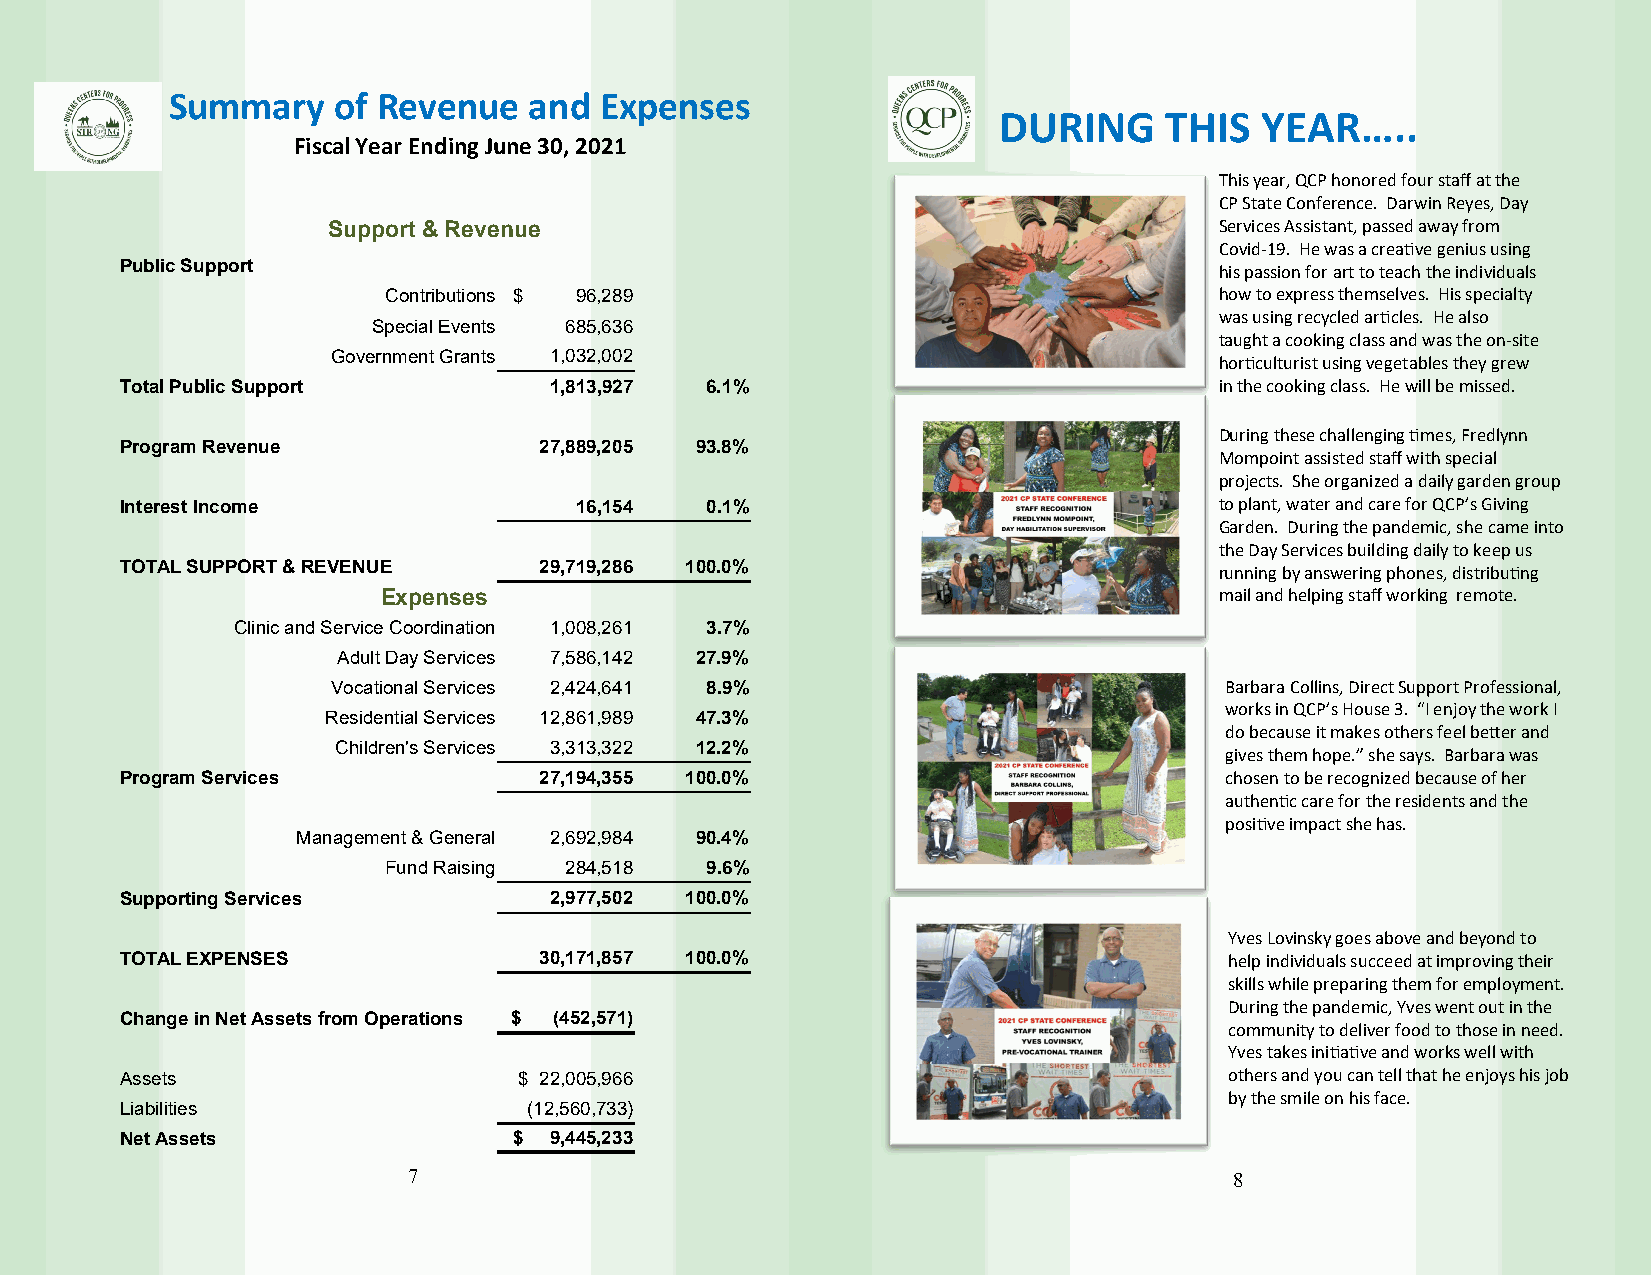
Summary    of Revenue   and  Expenses
 DURING     THIS  YEAR…..
 Fiscal Year Ending June 30, 2021
 This year, QCP honored four staff at the
 CP State Conference. Darwin Reyes, Day
 Support & Revenue                                          Services Assistant, passed away from
 Covid-19. He was a creative genius using
 Public Support                                                           his passion for art to teach the individuals
 Contributions $ 96,289                                  how to express themselves. His specialty
 was using recycled articles. He also
 Special Events 685,636
 taught a cooking class and was the on-site
 Government Grants 1,032,002
 horticulturist using vegetables they grew
 Total Public Support        1,813,927  6.1%                              in the cooking class. He will be missed.
 During these challenging times, Fredlynn
 Program Revenue             27,889,205 93.8%
 Mompoint assisted staff with special
 projects. She organized a daily garden group
 Interest Income               16,154   0.1%                              to plant, water and care for QCP’s Giving
 Garden. During the pandemic, she came into
 the Day Services building daily to keep us
 TOTAL SUPPORT & REVENUE     29,719,286 100.0%                            running by answering phones, distributing
 Expenses                                                mail and helping staff working remote.
 Clinic and Service Coordination 1,008,261 3.7%
 Adult Day Services 7,586,142 27.9%
 Vocational Services 2,424,641 8.9%                         Barbara Collins, Direct Support Professional,
 works in QCP’s House 3. “I enjoy the work I
 Residential Services 12,861,989 47.3%
 do because it makes others feel better and
 Children's Services 3,313,322 12.2%
 gives them hope.” she says. Barbara was
 Program Services            27,194,355 100.0%                            chosen to be recognized because of her
 authentic care for the residents and the
 positive impact she has.
 Management & General 2,692,984 90.4%
 Fund Raising 284,518  9.6%
 Supporting Services         2,977,502 100.0%
 Yves Lovinsky goes above and beyond to
 TOTAL EXPENSES              30,171,857 100.0%                            help individuals succeed at improving their
 skills while preparing them for employment.
 During the pandemic, Yves went out in the
 Change in Net Assets from Operations $ (452,571)
 community to deliver food to those in need.
 Yves takes initiative and works well with
 Assets                    $ 22,005,966                                   others and you can tell that he enjoys his job
 by the smile on his face.
 Liabilities                (12,560,733)
 Net Assets                $ 9,445,233
 7                                                      8